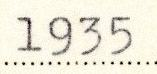
1935